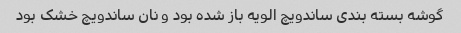
گوشه بسته بندی ساندویچ الویه باز شده بود و نان ساندویچ خشک بود